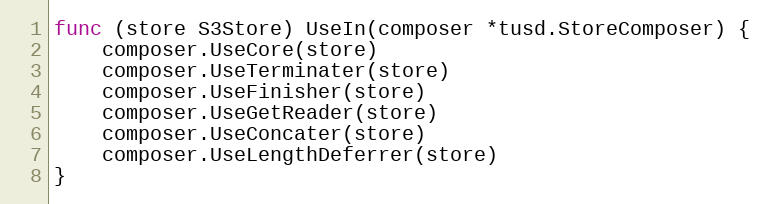
Language: Go
func (store S3Store) UseIn(composer *tusd.StoreComposer) {
	composer.UseCore(store)
	composer.UseTerminater(store)
	composer.UseFinisher(store)
	composer.UseGetReader(store)
	composer.UseConcater(store)
	composer.UseLengthDeferrer(store)
}